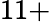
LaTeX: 11+